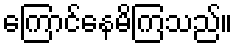
ကြောင်နေမိကြသည်။